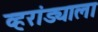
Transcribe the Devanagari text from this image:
व्हरांड्याला